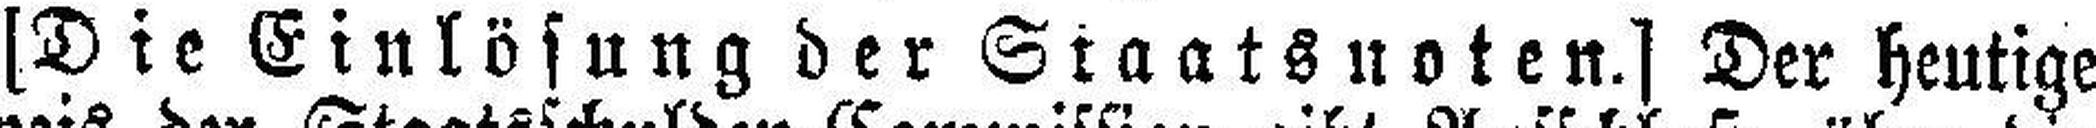
[Die Einlösung der Staatsnoten.] Der heutige